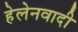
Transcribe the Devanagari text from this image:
हेलेनवादी